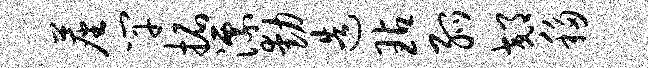
尘竿拓漂动造玷弧郊移